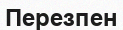
Перезпен